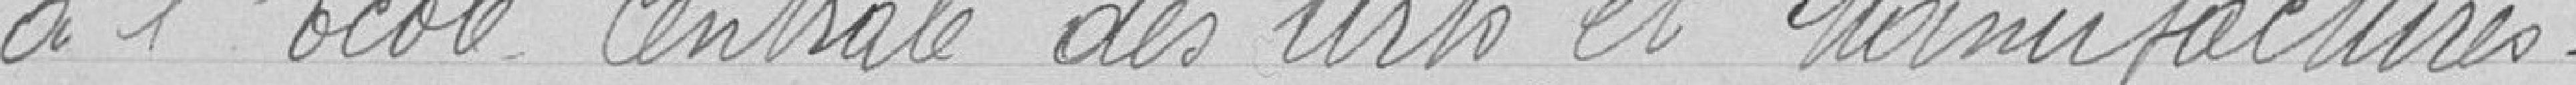
à l'Ecole Centrale des Arts et Manufactures.